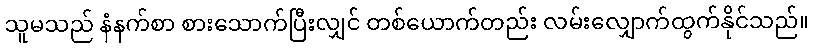
သူမသည် နံနက်စာ စားသောက်ပြီးလျှင် တစ်ယောက်တည်း လမ်းလျှောက်ထွက်နိုင်သည်။